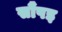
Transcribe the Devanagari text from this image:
सौंपइ